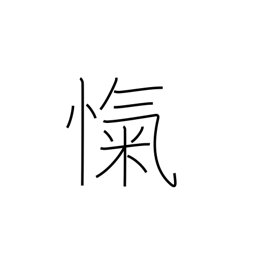
Meaning: breathlessness